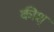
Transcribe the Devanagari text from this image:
कीश्